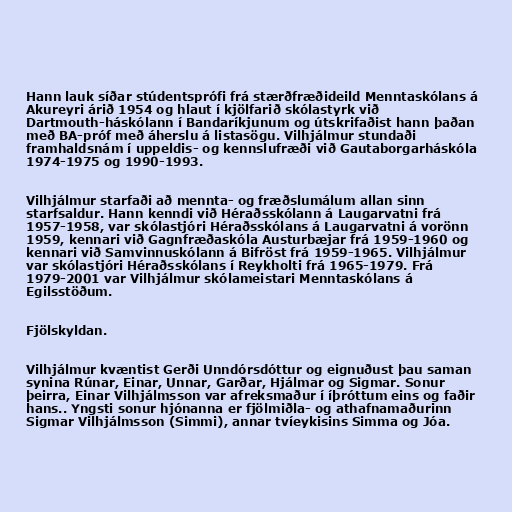
Hann lauk síðar stúdentsprófi frá stærðfræðideild Menntaskólans á
Akureyri árið 1954 og hlaut í kjölfarið skóla­styrk við
Dart­mouth-há­skól­ann í Banda­ríkj­un­um og út­skrifaðist hann þaðan
með BA-próf með áherslu á lista­sögu. Vil­hjálm­ur stundaði
fram­halds­nám í upp­eld­is- og kennslu­fræði við Gauta­borg­ar­há­skóla
1974-1975 og 1990-1993.

Vilhjálmur starfaði að mennta- og fræðslumálum allan sinn
starfsaldur. Hann kenndi við Héraðsskól­ann á Laug­ar­vatni frá
1957-1958, var skóla­stjóri Héraðsskól­ans á Laug­ar­vatni á vorönn
1959, kenn­ari við Gagn­fræðaskóla Aust­ur­bæj­ar frá 1959-1960 og
kenn­ari við Sam­vinnu­skól­ann á Bif­röst frá 1959-1965. Vil­hjálm­ur
var skóla­stjóri Héraðsskól­ans í Reyk­holti frá 1965-1979. Frá
1979-2001 var Vil­hjálm­ur skóla­meist­ari Mennta­skól­ans á
Eg­ils­stöðum.

Fjölskyldan.

Vilhjálmur kvæntist Gerði Unndórsdóttur og eignuðust þau saman
synina Rúnar, Einar, Unnar, Garðar, Hjálmar og Sigmar. Sonur
þeirra, Einar Vilhjálmsson var afreksmaður í íþróttum eins og faðir
hans.. Yngsti sonur hjónanna er fjölmiðla- og athafnamaðurinn
Sigmar Vilhjálmsson (Simmi), annar tvíeykisins Simma og Jóa.